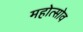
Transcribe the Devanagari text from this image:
महोत्सोव